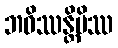
ဘဝိဿန္တိပိဿ